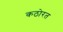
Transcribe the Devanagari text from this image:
कठोरत